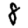
Digit: 8